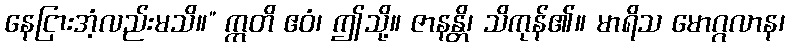
နေငြားအံ့လည်းမသိ။” ဣတိ ဧဝံ၊ ဤသို့။ ဇာနန္တိ၊ သိကုန်၏။ မာရိသ မောဂ္ဂလာန၊